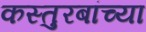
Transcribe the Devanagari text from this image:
कस्तुरबांच्या